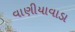
વાણીયાવાડા